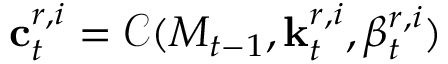
\mathbf { c } _ { t } ^ { r , i } = { \mathcal { C } } ( M _ { t - 1 } , \mathbf { k } _ { t } ^ { r , i } , \beta _ { t } ^ { r , i } )